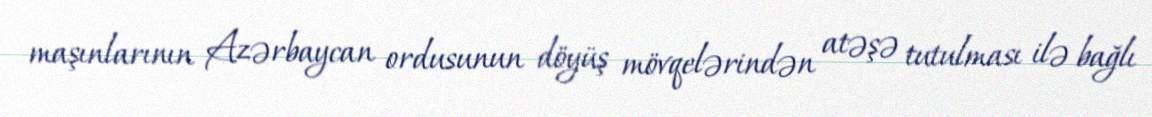
maşınlarının Azərbaycan ordusunun döyüş mövqelərindən atəşə tutulması ilə bağlı